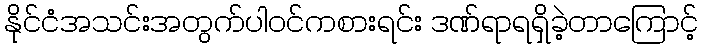
နိုင်ငံအသင်းအတွက်ပါဝင်ကစားရင်း ဒဏ်ရာရရှိခဲ့တာကြောင့်